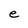
Character: e